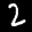
Label: 2